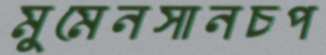
মুমেনসানচপ